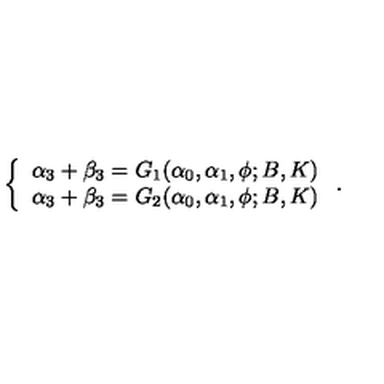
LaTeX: \left\{ \begin{array} { l l } { \alpha _ { 3 } + \beta _ { 3 } = G _ { 1 } ( \alpha _ { 0 } , \alpha _ { 1 } , \phi ; B , K ) } \\ { \alpha _ { 3 } + \beta _ { 3 } = G _ { 2 } ( \alpha _ { 0 } , \alpha _ { 1 } , \phi ; B , K ) } \\ \end{array} \right. .